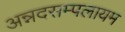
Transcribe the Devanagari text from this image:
अन्नदसम्पलायम